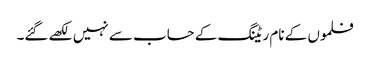
فلموں کے نام ریٹنگ کے حساب سے نہیں لکھے گئے۔